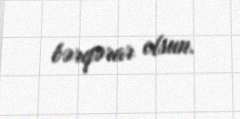
bərqərar olsun.